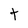
Character: t